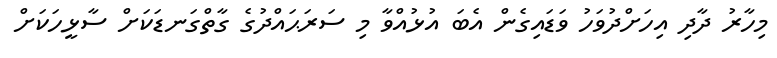
މިހާރު ދާދި އިހަށްދުވަހު ވަޑައިގެން އެބަ އުޅުއްވާ މި ސަރަޙައްދުގެ ގާތްގަނޑަކަށް ސާޅީހަކަށް